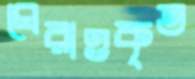
ঘেরাওকৃত